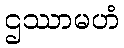
ဌဿာမဟံ